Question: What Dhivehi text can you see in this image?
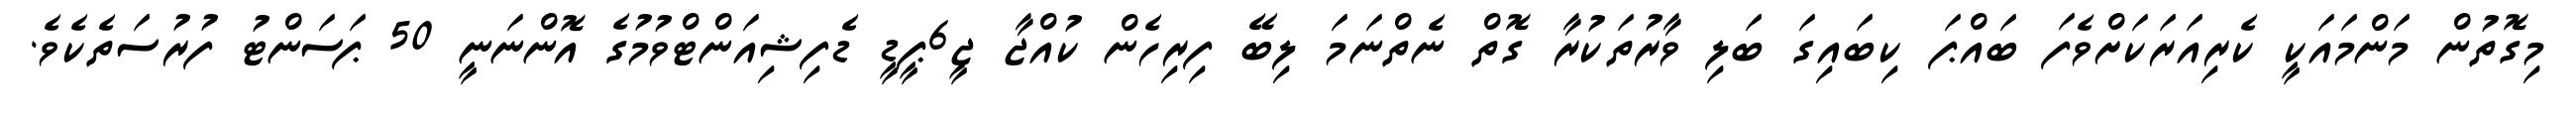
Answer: މިގޮތުން މަންމައަކީ ކެރިއަރަކަށްވެފަ ބައްޕަ ކިބައިގަ ބަލި ވާރުތަކުރާ ގޮތް ނެތްނަމަ ލިބޭ ފިރިހެން ކުއްޖާ ޖީ6ޕީޑީ ޑެފިޝިއަންޓްވުމުގެ އޮންނަނީ 50 ޕަސަންޓު ފުރުސަތެކެވެ.